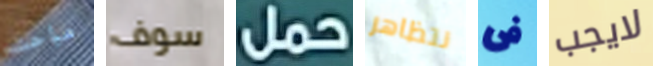
مباحث سوف حمل نتظاهر فى لايجب